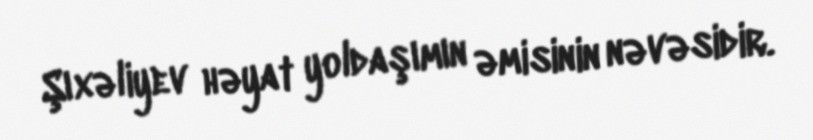
Şıxəliyev həyat yoldaşımın əmisinin nəvəsidir.